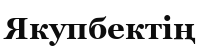
Якупбектің